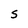
Character: S